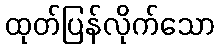
ထုတ်ပြန်လိုက်သော